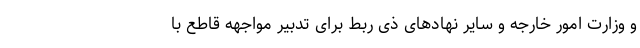
و وزارت امور خارجه و سایر نهادهای ذی ربط برای تدبیر مواجهه قاطع با